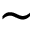
\sim